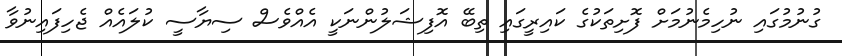
ގުނުމުގައި ނުހިމެނުމަށް ފޮށިތަކުގެ ކައިރީގައި ތިބޭ އޮފިޝަލުންނަކީ އެއްވެސް ސިޔާސީ ކުލައެއް ޖެހިފައިނުވާ